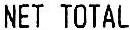
NET TOTAL